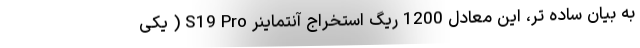
به بیان ساده تر، این معادل 1200 ریگ استخراج آنتماینر S19 Pro ( یکی